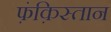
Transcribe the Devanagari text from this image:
फ़ंक़िस्तान